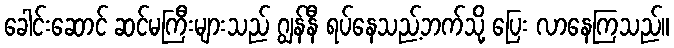
ခေါင်းဆောင် ဆင်မကြီးများသည် ဂျွန်နီ ရပ်နေသည့်ဘက်သို့ ပြေး လာနေကြသည်။